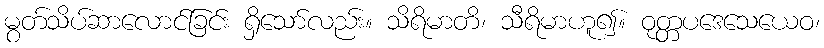
မွတ်သိပ်ဆာလောင်ခြင်း ရှိသော်လည်း။ သိရိမာတိ၊ သီရိမာဟူ၍။ ဝုတ္တပဒေသေယေဝ၊